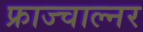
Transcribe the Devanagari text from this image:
फ्राज्चाल्नर